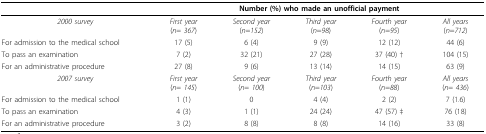
<table><thead><tr><td></td><td colspan="5"><b>Number (%) who made an unofficial payment</b></td></tr></thead><tbody><tr><td><i>2000 survey</i></td><td><i>First year</i>(<i>n</i>= <i>367</i>)</td><td><i>Second year</i>(<i>n</i>=<i>152</i>)</td><td><i>Third year</i>(<i>n</i>=<i>98</i>)</td><td><i>Fourth year</i>(<i>n</i>=<i>95</i>)</td><td><i>All years</i>(<i>n</i>=<i>712</i>)</td></tr><tr><td>For admission to the medical school</td><td>17 (5)</td><td>6 (4)</td><td>9 (9)</td><td>12 (12)</td><td>44 (6)</td></tr><tr><td>To pass an examination</td><td>7 (2)</td><td>32 (21)</td><td>27 (28)</td><td>37 (40) †</td><td>104 (15)</td></tr><tr><td>For an administrative procedure</td><td>27 (8)</td><td>9 (6)</td><td>13 (14)</td><td>14 (15)</td><td>63 (9)</td></tr><tr><td><i>2007 survey</i></td><td><i>First year</i>(<i>n</i>= <i>145</i>)</td><td><i>Second year</i>(<i>n</i>= <i>100</i>)</td><td><i>Third year</i>(<i>n</i>=<i>103</i>)</td><td><i>Fourth year</i>(<i>n</i>=<i>88</i>)</td><td><i>All years</i>(<i>n</i>= <i>436</i>)</td></tr><tr><td>For admission to the medical school</td><td>1 (1)</td><td>0</td><td>4 (4)</td><td>2 (2)</td><td>7 (1.6)</td></tr><tr><td>To pass an examination</td><td>4 (3)</td><td>1 (1)</td><td>24 (24)</td><td>47 (57) ‡</td><td>76 (18)</td></tr><tr><td>For an administrative procedure</td><td>3 (2)</td><td>8 (8)</td><td>8 (8)</td><td>14 (16)</td><td>33 (8)</td></tr></tbody></table>